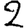
Digit: 2